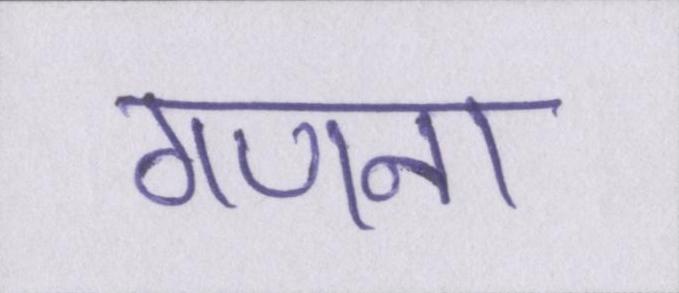
गणना